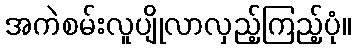
အကဲစမ်းလူပျိုလာလှည့်ကြည့်ပုံ။